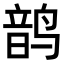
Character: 𬸝